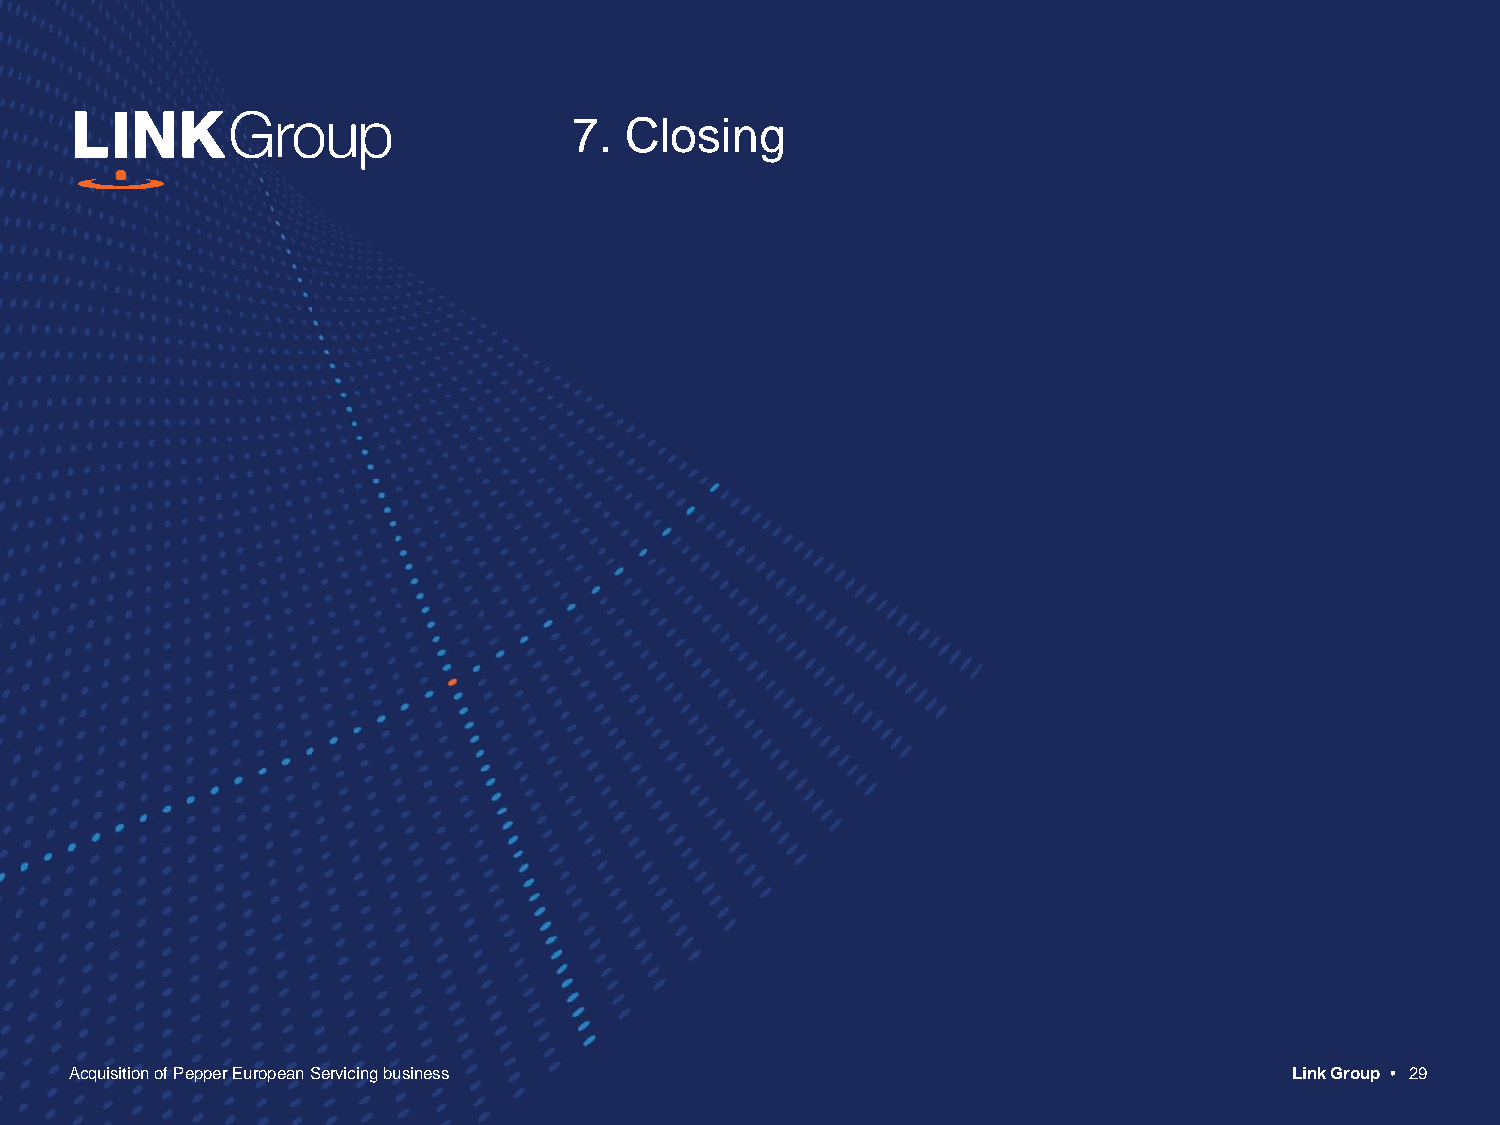
7. Closing
 Acquisition of Pepper European Servicing business                                Link Group • 29